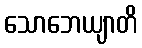
သောဘေယျာတိ